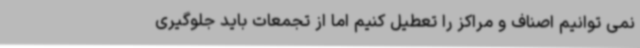
نمی توانیم اصناف و مراکز را تعطیل کنیم اما از تجمعات باید جلوگیری